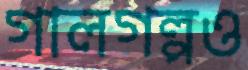
গালগল্পও